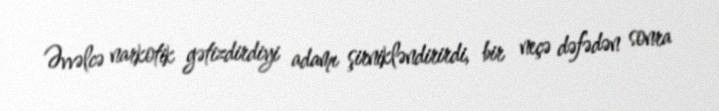
Əvvəlcə narkotik gətizdirdiyi adamı şirnikləndirirdi, bir neçə dəfədən sonra